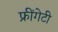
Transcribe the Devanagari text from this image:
फ्रींगेटी